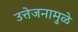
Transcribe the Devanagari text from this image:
उत्तेजनामुळे